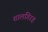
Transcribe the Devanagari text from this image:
शालगिरह